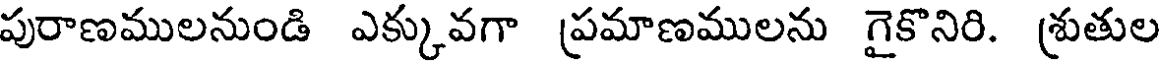
పురాణములనుండి ఎక్కువగా ప్రమాణములను గైకొనిరి. శ్రుతుల